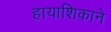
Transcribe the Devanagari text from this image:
हायाशिकाने